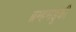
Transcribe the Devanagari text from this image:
ब्रम्हमंडूकी